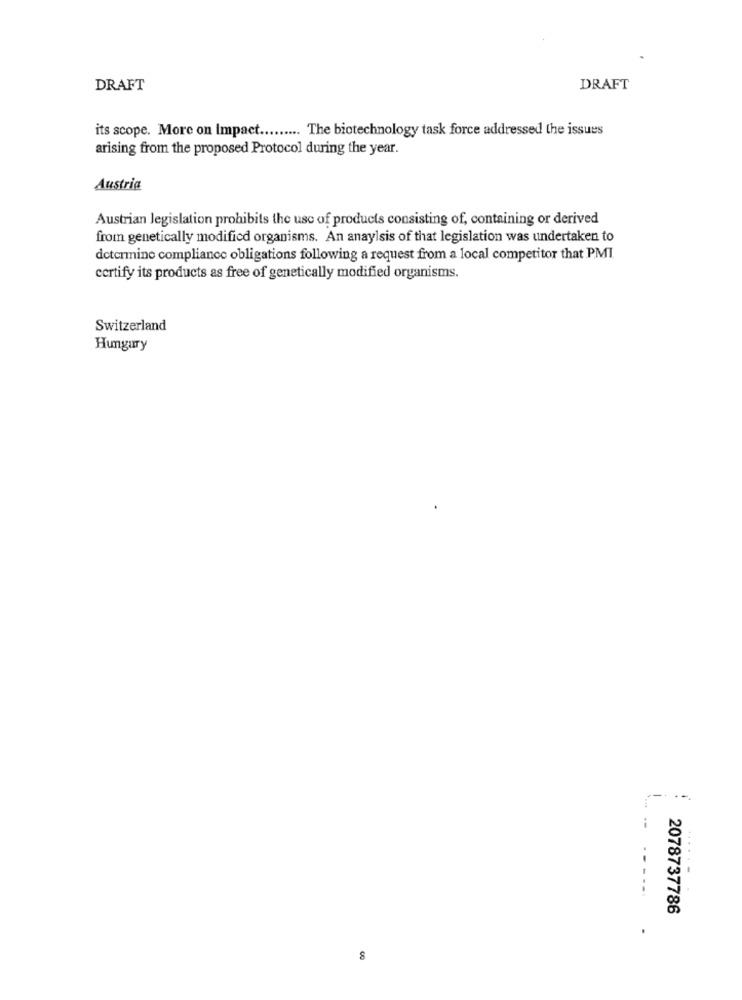
DRAFT
DRAFT
its scope. More on Impact ......... The biotechnology task force addressed the issues
arising from the proposed Protocol during the year.
Austria
Austrian legislation prohibits the use of products consisting of, containing or derived
from genetically modified organisms. An anaylsis of that legislation was undertaken to
determine compliance obligations following a request from a local competitor that PMI
certify its products as free of genetically modified organisms.
Switzerland
Hungary
----
2078737786